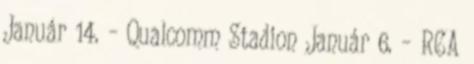
Január 14. – Qualcomm Stadion Január 6. – RCA